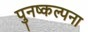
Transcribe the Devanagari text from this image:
पुनष्कल्पना